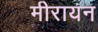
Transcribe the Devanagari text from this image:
मीरायन